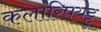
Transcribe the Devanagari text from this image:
कलारिपयट्टू